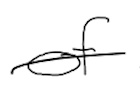
Text: of
Cross-out: single-line
Writing tool: digital_black